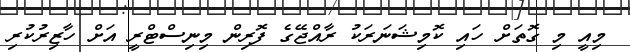
މިއީ މި ގޮތަށް ހައި ކޮމިޝަނަރަކު ރާއްޖޭގެ ފޮރިން މިނިސްޓްރީ އަށް ހާޒިރުކުރި